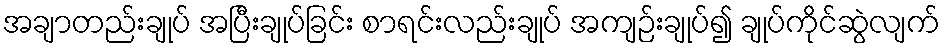
အချာတည်းချုပ် အပြီးချုပ်ခြင်း စာရင်းလည်းချုပ် အကျဉ်းချုပ်၍ ချုပ်ကိုင်ဆွဲလျက်